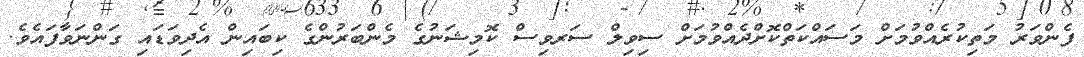
ފެންވަރު މަތިކުރެއްވުމަށް މަސައްކަތްކޮށްދެއްވުމަށް ސިވިލް ސަރވިސް ކޮމިޝަނުގެ މެންބަރުންގެ ކިބައިން އެދިވަޑައި ގަންނަވާފައެވެ.